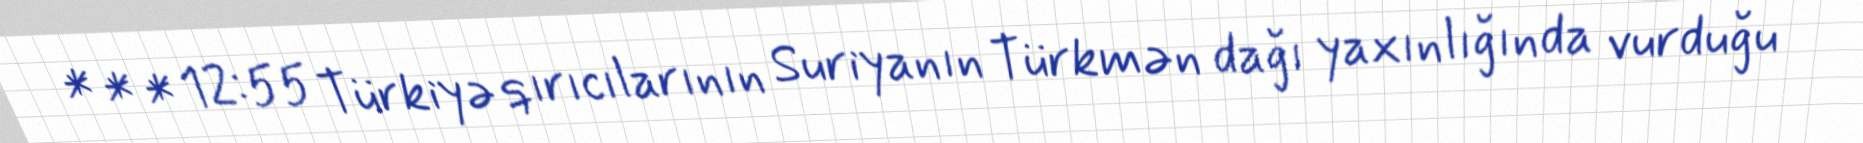
* * * 12:55 Türkiyə qırıcılarının Suriyanın Türkmən dağı yaxınlığında vurduğu